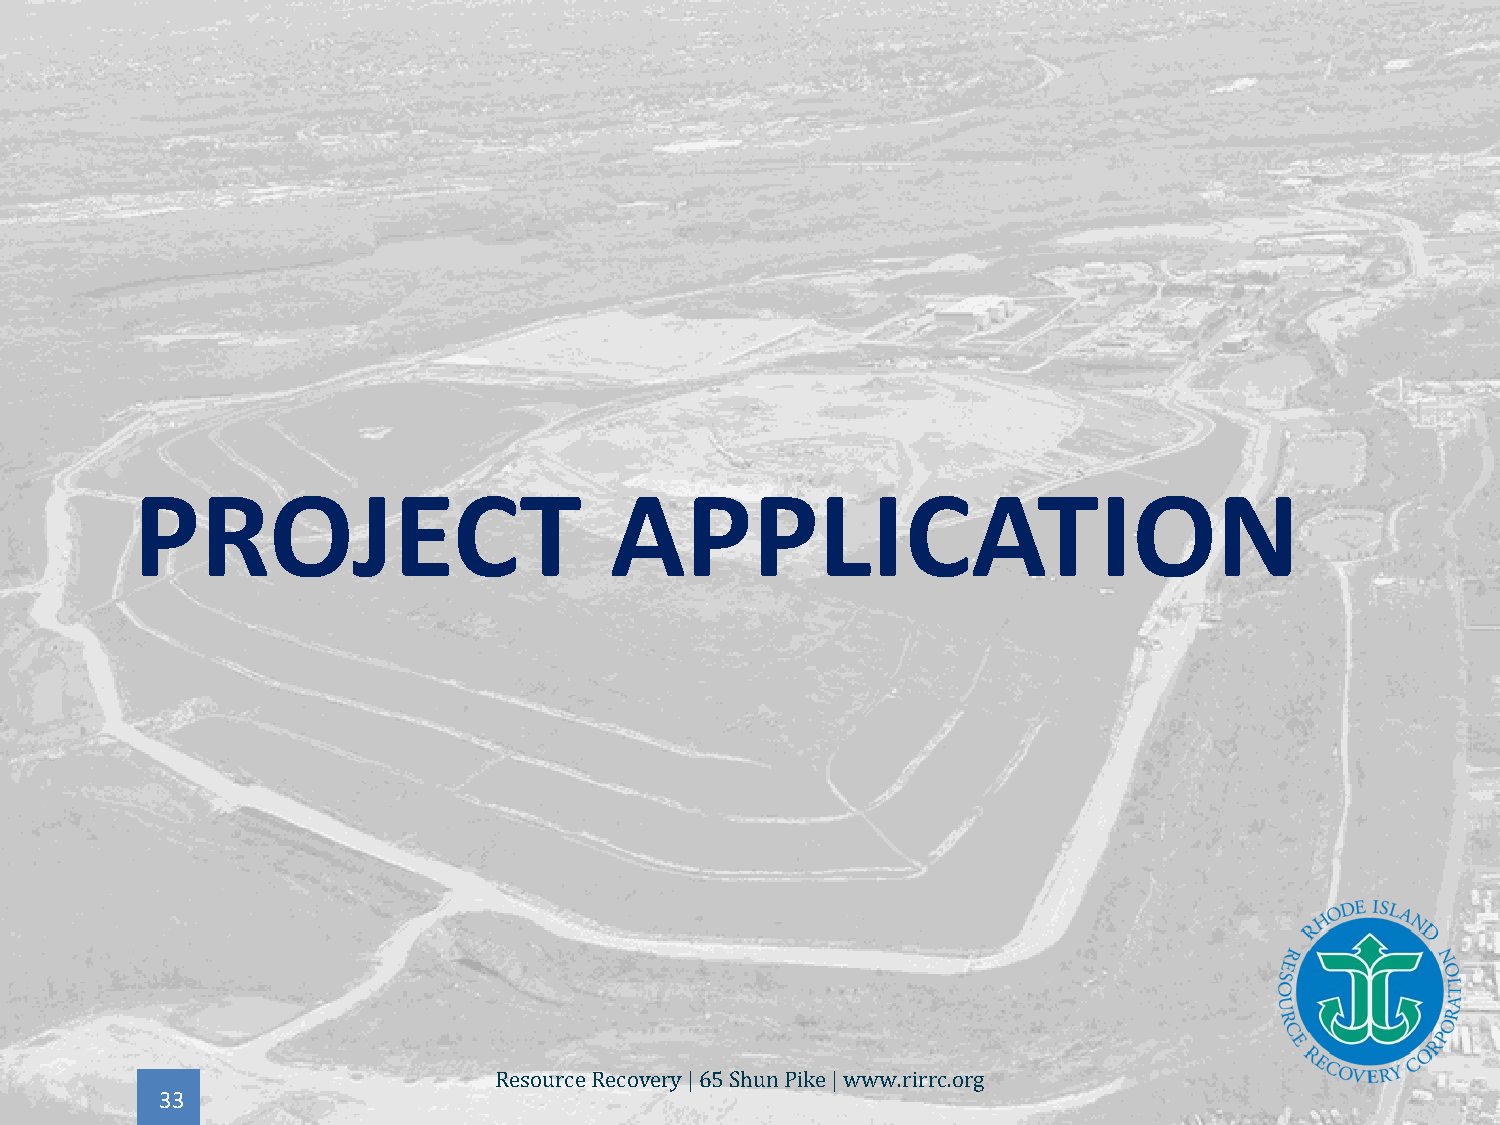
PROJECT                        APPLICATION
 33
 Resource Recovery | 65 Shun Pike | www.rirrc.org